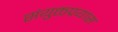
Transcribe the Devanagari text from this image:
संयुक्तप्रयास